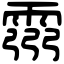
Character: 霛